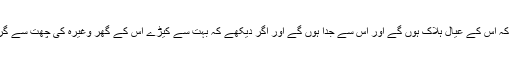
دلیل ہے کہ اس کے عیال ہلاک ہوں گے اور اس سے جدا ہوں گے اور اگر دیکھے کہ بہت سے کیڑے اس کے گھر وغیرہ کی چھت سے گرتے ہیں۔